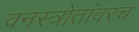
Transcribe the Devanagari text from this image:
वनस्त्रोतांवरच